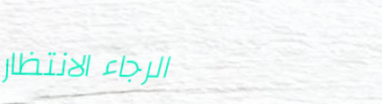
الرجاء الانتظار